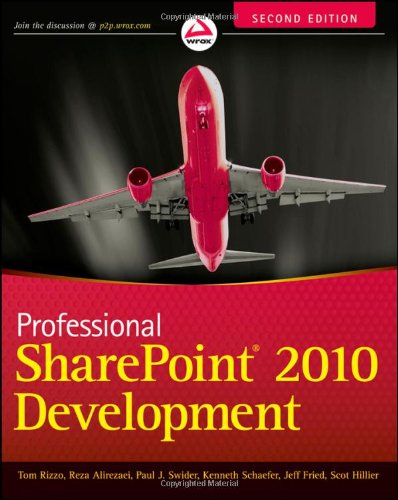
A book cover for Professional SharePoint 2010 Development; Thomas Rizzo; Computers & Technology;